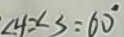
\angle 4 = \angle 3 = 6 0 ^ { \circ }